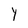
Character: Y